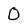
Character: 0